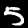
Digit: 5